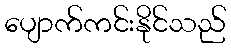
ပျောက်ကင်းနိုင်သည်